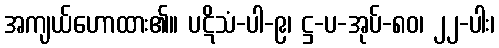
အကျယ်ဟောထား၏။ ပဋိသံ-ပါ-၉၊ ဋ္ဌ-ပ-အုပ်-၈၀၊ ၂၂-ပါး၊